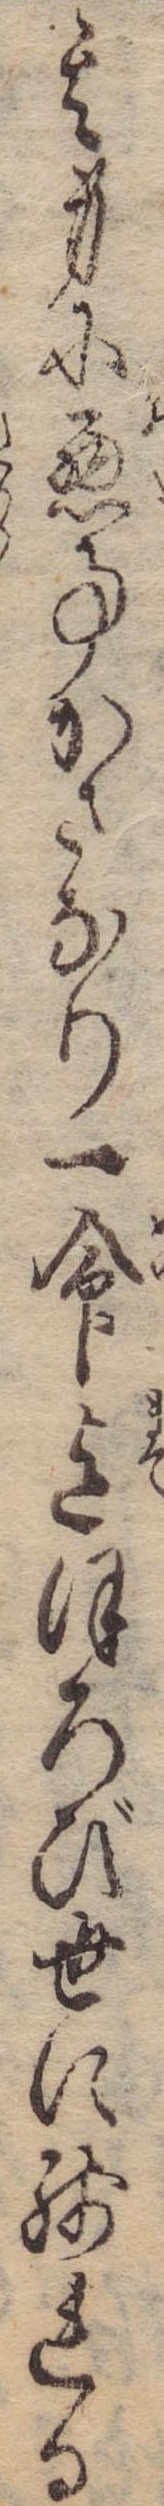
其身に悪事かさなり一命迄ほろび世に残れる